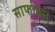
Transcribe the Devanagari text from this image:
साफोच्या